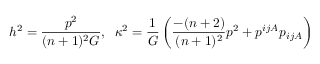
h ^ { 2 } = \frac { p ^ { 2 } } { ( n + 1 ) ^ { 2 } { \cal G } } , \; \; \kappa ^ { 2 } = \frac { 1 } { { \cal G } } \left( \frac { - ( n + 2 ) } { ( n + 1 ) ^ { 2 } } p ^ { 2 } + p ^ { i j A } p _ { i j A } \right)